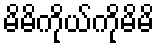
မိမိကိုယ်ကိုမိမိ